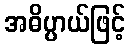
အဓိပ္ပာယ်ဖြင့်